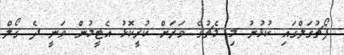
ޕޯޗުގަލްގައި ކުޅުނު މި މެޗުގެ ވަރަށް ކުރީކޮޅު އެޓީމުން ވަނީ ދެ ގޯލް